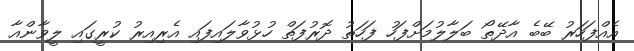
އެއްފަހަރު ބޭބެ އާދޭތޯ ބަލާލުމަށްފަހު ފަހަތު ދޮރުފަތް ހުޅުވާލައިފައި އެރިއިރު ކުރީގައި ލީވާންއާ